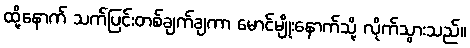
ထို့နောက် သက်ပြင်းတစ်ချက်ချကာ မောင်မျိုးနောက်သို့ လိုက်သွားသည်။